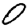
Digit: 0